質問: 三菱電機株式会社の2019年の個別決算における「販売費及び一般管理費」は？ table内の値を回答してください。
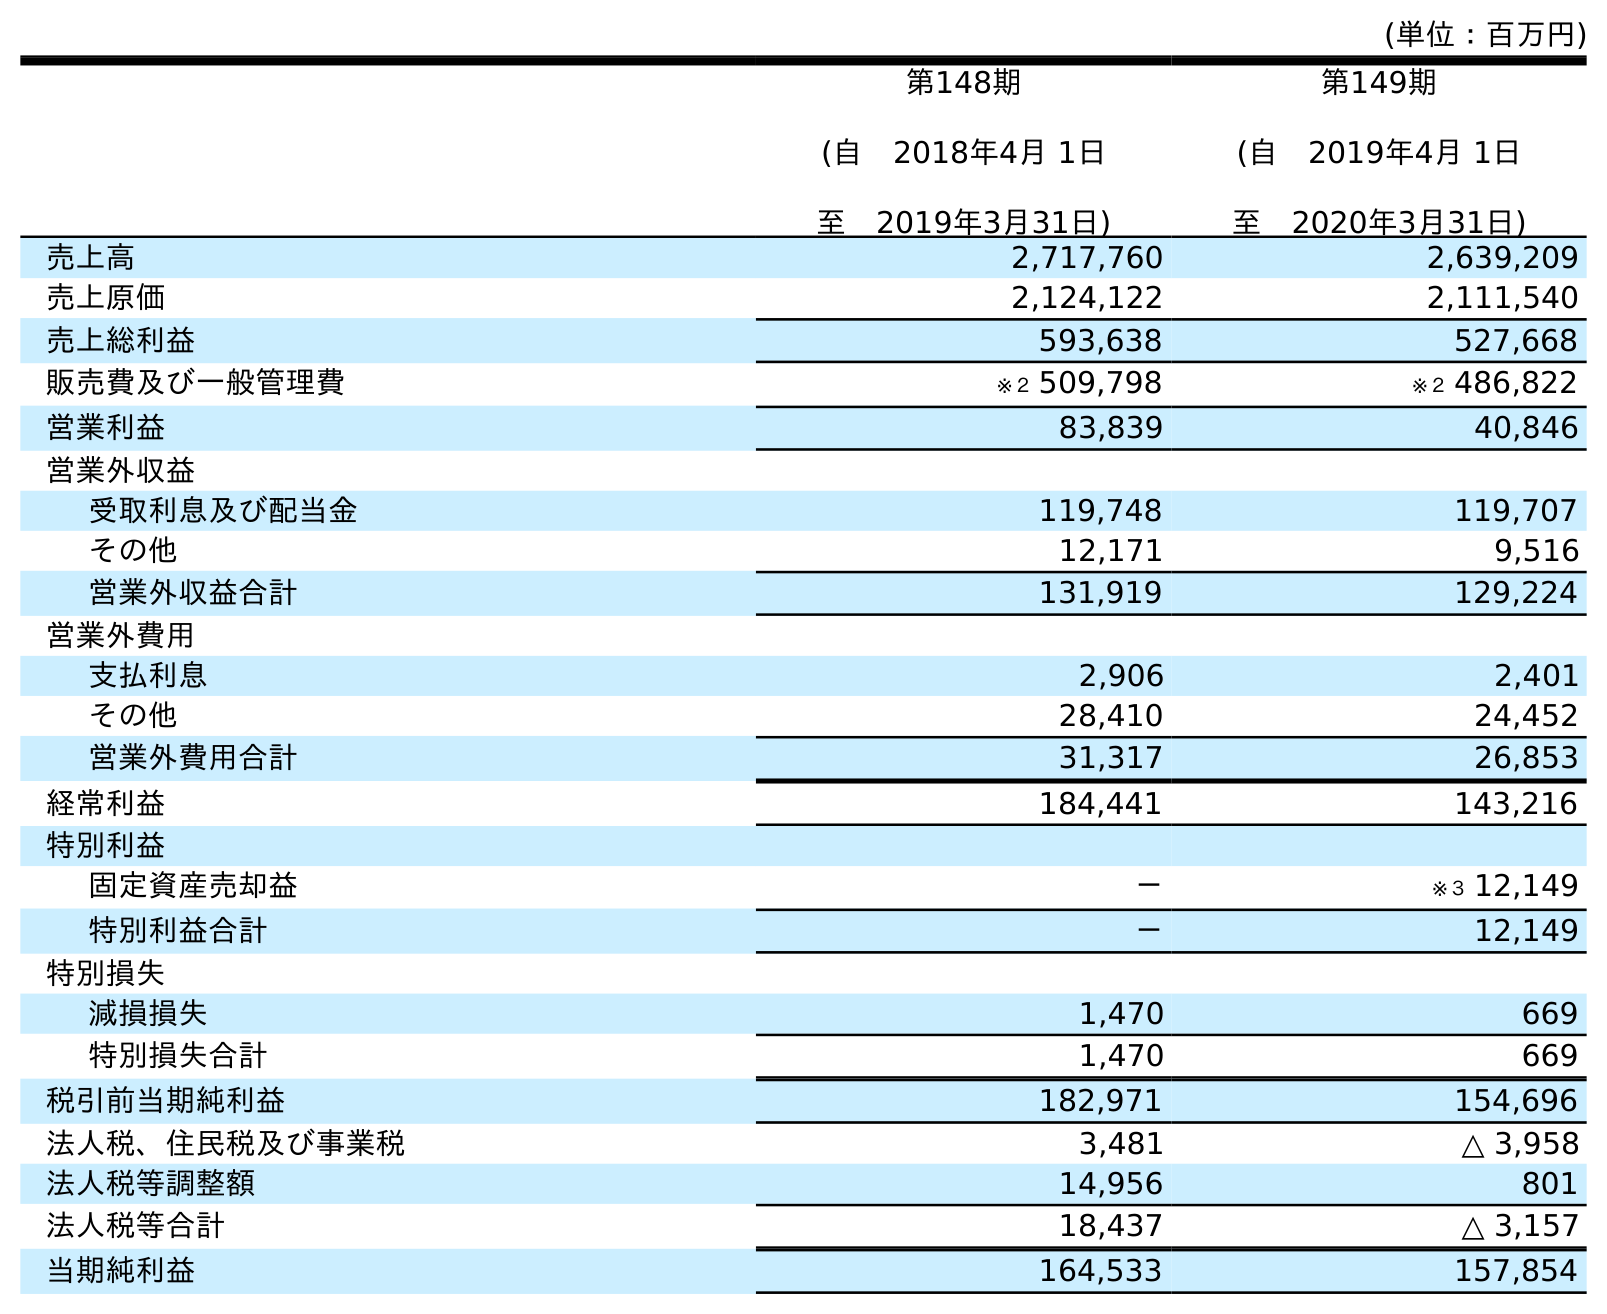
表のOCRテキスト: (単位：百万円) 第148期 (自 2018年4月 1日 至 2019年3月31日) 第149期 (自 2019年4月 1日 至 2020年3月31日) 売上高 2,717,760 2,639,209 売上原価 2,124,122 2,111,540 売上総利益 593,638 527,668 販売費及び一般管理費 ※２ 509,798 ※２ 486,822 営業利益 83,839 40,846 営業外収益 受取利息及び配当金 119,748 119,707 その他 12,171 9,516 営業外収益合計 131,919 129,224 営業外費用 支払利息 2,906 2,401 その他 28,410 24,452 営業外費用合計 31,317 26,853 経常利益 184,441 143,216 特別利益 固定資産売却益 － ※３ 12,149 特別利益合計 － 12,149 特別損失 減損損失 1,470 669 特別損失合計 1,470 669 税引前当期純利益 182,971 154,696 法人税、住民税及び事業税 3,481 △ 3,958 法人税等調整額 14,956 801 法人税等合計 18,437 △ 3,157 当期純利益 164,533 157,854
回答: ※２509,798